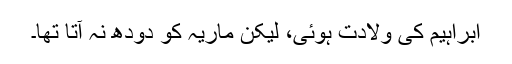
ابراہیم کی ولادت ہوئی، لیکن ماریہ کو دودھ نہ آتا تھا۔